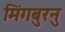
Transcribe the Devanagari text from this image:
मिंगबुरनु